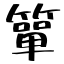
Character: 箪